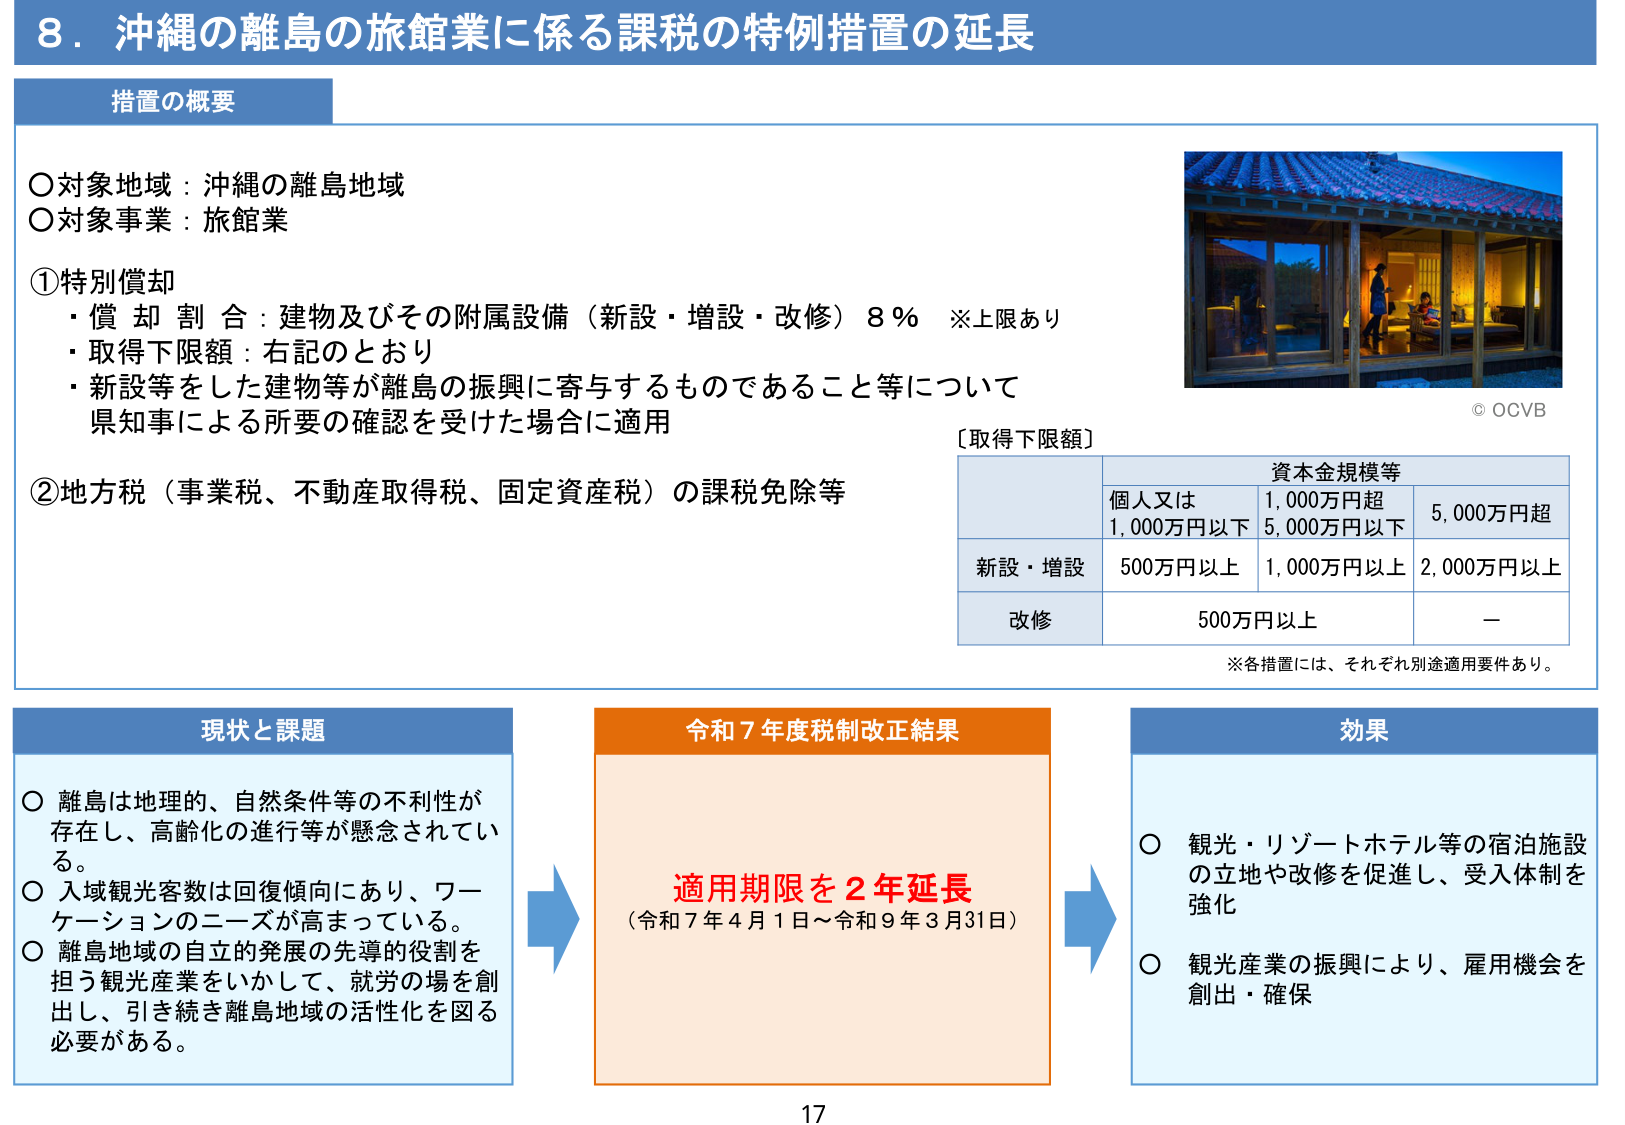
8．沖縄の離島の旅館業に係る課税の特例措置の延長

措置の概要

○対象地域：沖縄の離島地域
○対象事業：旅館業

①特別償却
・償却割合：建物及びその附属設備（新設・増設・改修）8％　※上限あり
・取得下限額：右記のとおり
・新設等をした建物等が離島の振興に寄与するものであること等について
　県知事による所要の確認を受けた場合に適用

②地方税（事業税、不動産取得税、固定資産税）の課税免除等

〔取得下限額〕
　　　　　　　　　　　　　資本金規模等
　　　　　　　　　個人又は　1,000万円超　5,000万円超
　　　　　　　　　1,000万円以下　5,000万円以下
新設・増設　　　500万円以上　1,000万円以上　2,000万円以上
改修　　　　　　　500万円以上　　　　　－

※各措置には、それぞれ別途適用要件あり。

© OCVB

現状と課題
○ 離島は地理的、自然条件等の不利性が存在し、高齢化の進行等が懸念されている。
○ 入域観光客数は回復傾向にあり、ワーケーションのニーズが高まっている。
○ 離島地域の自立的発展の先導的役割を担う観光産業をいかして、就労の場を創出し、引き続き離島地域の活性化を図る必要がある。

令和7年度税制改正結果
適用期限を2年延長
（令和7年4月1日～令和9年3月31日）

効果
○ 観光・リゾートホテル等の宿泊施設の立地や改修を促進し、受入体制を強化
○ 観光産業の振興により、雇用機会を創出・確保

17